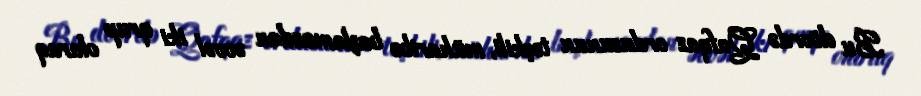
Bu dövrdə Qafqaz ordusunun təşkili, müharibə başlamazdan əvvəl iki qrup olaraq